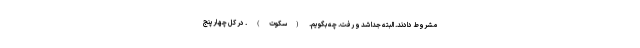
مشروط دادند. البته جدا شد و رفت. چه بگویم. (سکوت) . در کل چهار‌پنج